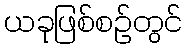
ယခုဖြစ်စဉ်တွင်